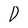
Character: D